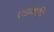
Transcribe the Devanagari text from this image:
उछ्कोथि